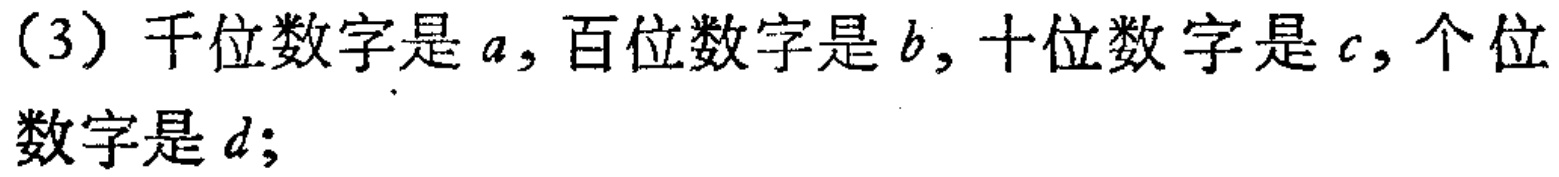
(3) 千位数字是 \(a\)，百位数字是 \(b\)，十位数字是 \(c\)，个位数字是 \(d\);